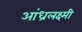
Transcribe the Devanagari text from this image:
आंध्रलक्ष्मी